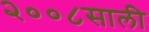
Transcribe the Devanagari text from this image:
२००८साली